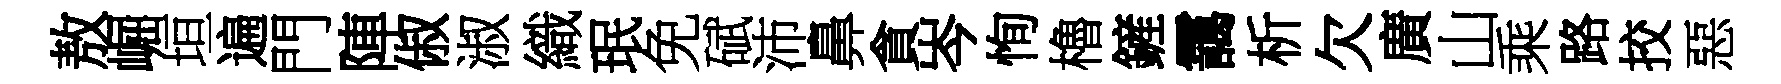
敖崛垣遍門陣俶淑織珉免碔沛鼻貪岑恂櫓鏟靄析欠廣山乘路挍惡